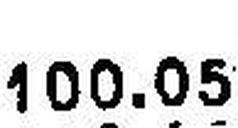
100.05